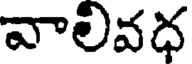
వాలీవధ